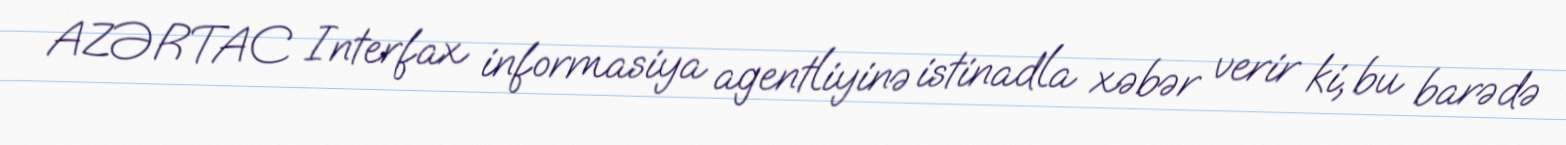
AZƏRTAC Interfax informasiya agentliyinə istinadla xəbər verir ki, bu barədə